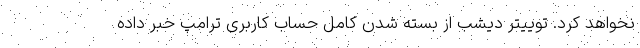
نخواهد کرد. توییتر دیشب از بسته شدن کامل حساب کاربری ترامپ خبر داده